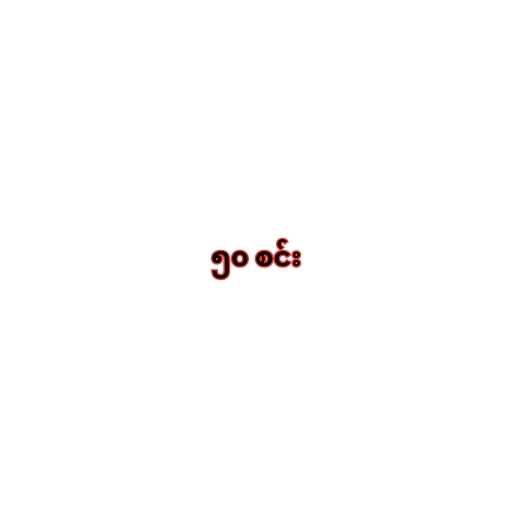
၅၀ စင်း